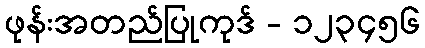
ဖုန်းအတည်ပြုကုဒ် - ၁၂၃၄၅၆